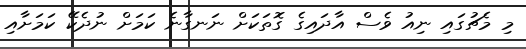
މި މެޗުގައި ނިއު ވެސް އާދައިގެ ގޮތަކަށް ނަނގާނެ ކަމަށް ނުދެކޭ ކަމަށާއި